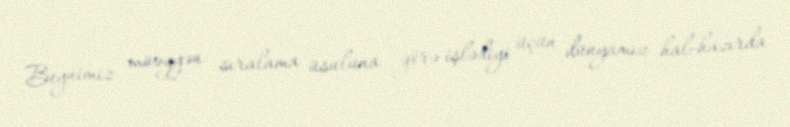
Beynimiz müəyyən sıralama üsuluna görə işlədiyi üçün dünyamız hal-hazırda